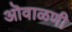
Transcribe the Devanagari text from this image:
ऒवाळणी